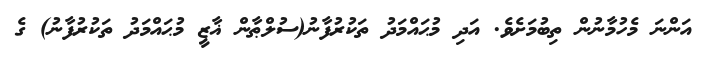
އަންނަ މެހުމާނުން ތިބުމަށެވެ. އަދި މުޙައްމަދު ތަކުރުފާނު(ސުލްޠާން ޣާޒީ މުޙައްމަދު ތަކުރުފާނު) ގެ